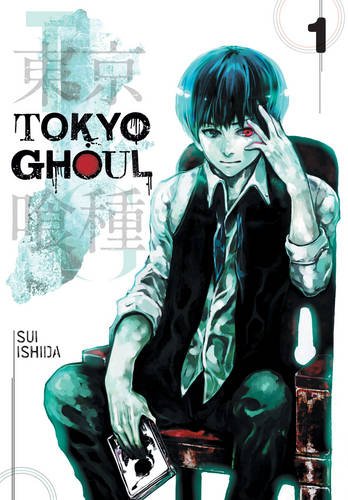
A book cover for Tokyo Ghoul, Vol. 1; Sui Ishida; Comics & Graphic Novels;